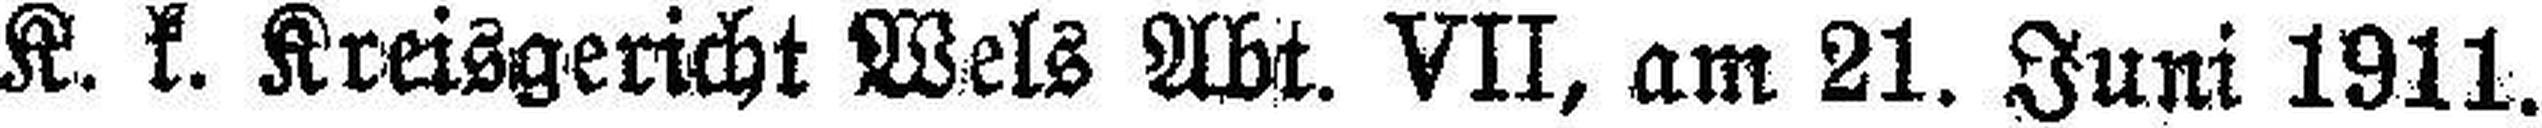
K. k. Kreisgericht Wels Abt. VII, am 21. Juni 1911.